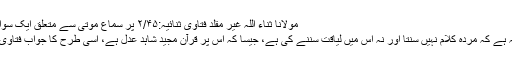
مولانا ثناء اللہ غیر مقلد فتاویٰ ثنائیہ:۲/۴۵ پر سماعِ موتیٰ سے متعلق ایک سوال کے جواب میں لکھتے ہیں:
د"جواب صورتِ مذکورہ کا یہ ہے کہ مردہ کلام نہیں سنتا اور نہ اس میں لیاقت سننے کی ہے، جیسا کہ اس پر قرآن مجید شاہد عدل ہے، اسی طرح کا جواب فتاویٰ نذیریہ:۱/۳۹۹ پر بھی ہےد"۔